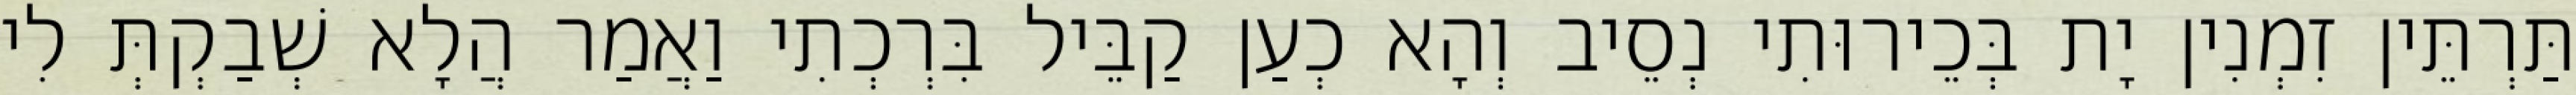
תַּרְתֵּין זִמְנִין יָת בְּכֵירוּתִי נְסֵיב וְהָא כְעַן קַבֵּיל בִּרְכְתִי וַאֲמַר הֲלָא שְׁבַקְתְּ לִי